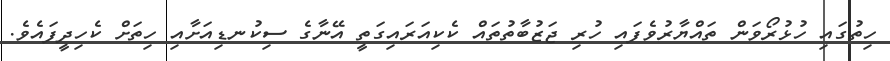
ހިތުގައި ހުޅުރޯވަން ތައްޔާރުވެފައި ހުރި ޖަޒުބާތުތައް ކެކިއަރައިގަތީ އޭނާގެ ސިކުނޑިއަށާއި ހިތަށް ކެހިދީފައެވެ.